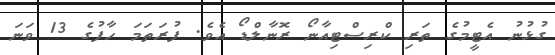
ގުޅުނު އެޓީމުގެ ތަރި ކްރިސްޓިއާނޯ ރޮނާލްޑޯ އެވެ. ފުރަތަމަ ހާފުގެ 13 ވަނަ